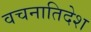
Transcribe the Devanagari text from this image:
वचनातिदेश